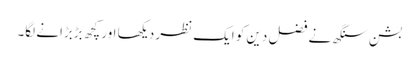
بشن سنگھ نے فضل دین کو ایک نظر دیکھا اور کچھ بڑبڑانے لگا۔